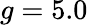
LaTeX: g=5.0